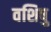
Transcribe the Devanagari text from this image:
वशिषु